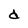
Character: d